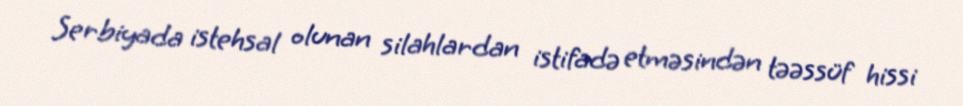
Serbiyada istehsal olunan silahlardan istifadə etməsindən təəssüf hissi